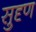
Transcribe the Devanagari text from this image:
सुदृण